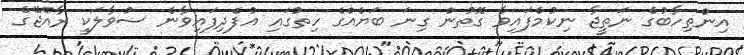
އިންތިހާބުގެ ނަތީޖާ ނިކުމެފައިވާ ގޮތުން ގިނަ ބަޔެއްގެ ހިތުގައި އުފެދިފައިވާނެ ސުވާލަކީ ރާއްޖޭގެ